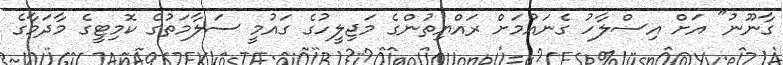
ގާނޫނު" އަށް އިސްލާހު ގެނައުމަށް ރައްޔިތުންގެ މަޖިލީހުގެ ގައުމީ ސަލާމަތުގެ ކޮމިޓީގެ މާދަމާގެ